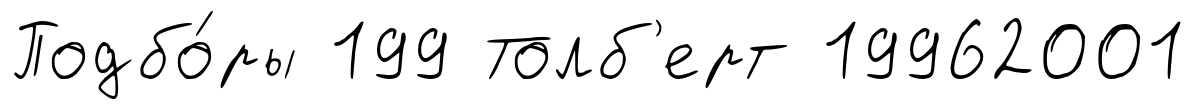
Подбо́ры 199 Толб'ерт 19962001